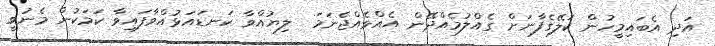
އަދި އެބައިމީހުން ކަލޭގެފާނަށް ގެއްލުމެއްދޭން އެއްވެއްޖެނަމަ  ލިޔުއްވާ ކަނޑައަޅުއްވާފައިވާ ކަމަކުން މެނުވީ